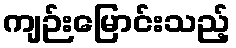
ကျဉ်းမြောင်းသည့်